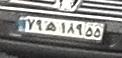
۷۹ه۱۸۹۵۵